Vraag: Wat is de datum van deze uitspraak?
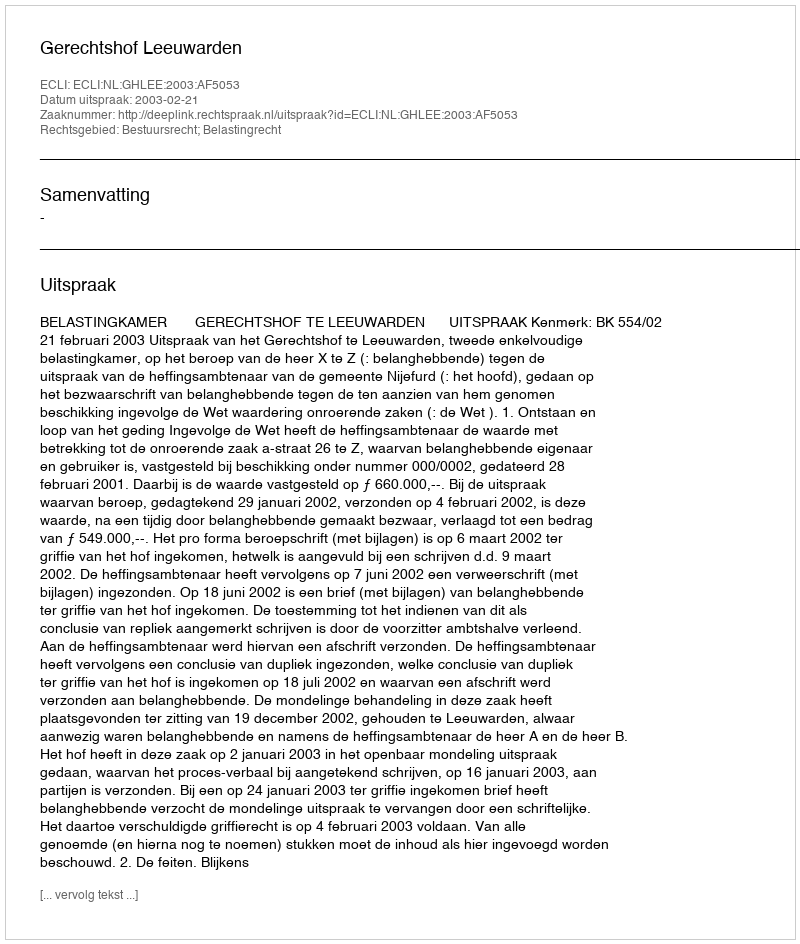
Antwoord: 2003-02-21